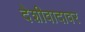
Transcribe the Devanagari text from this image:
देशीवादावर